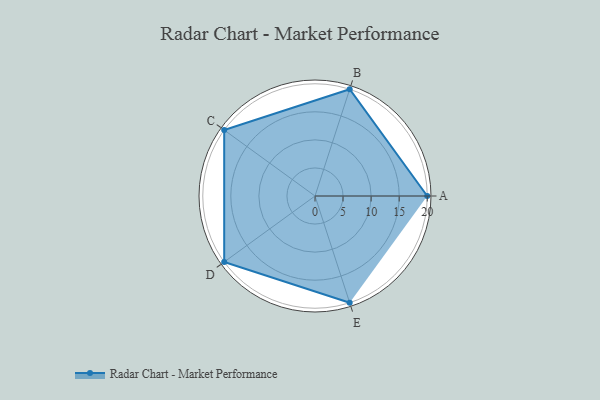
{"axis": {"x": "Skill", "y": "Score"}, "legend": ["Profile"], "data": [{"x": "A", "y": 20, "type": "Profile"}, {"x": "B", "y": 20, "type": "Profile"}, {"x": "C", "y": 20, "type": "Profile"}, {"x": "D", "y": 20, "type": "Profile"}, {"x": "E", "y": 20, "type": "Profile"}]}